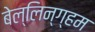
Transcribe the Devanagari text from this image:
बेल्लिन्ग्हम